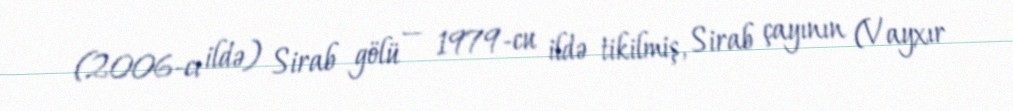
(2006-cı ildə) Sirab gölü — 1979-cu ildə tikilmiş, Sirab çayının (Vayxır